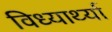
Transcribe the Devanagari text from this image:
विध्यार्थ्या